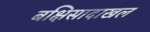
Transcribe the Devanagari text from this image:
बक्षिसादाखल